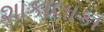
શાકાલાકા